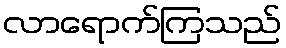
လာရောက်ကြသည်